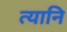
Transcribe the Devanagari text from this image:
त्यानि